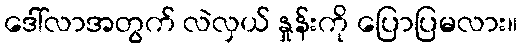
ဒေါ်လာအတွက် လဲလှယ် နှုန်းကို ပြောပြမလား။